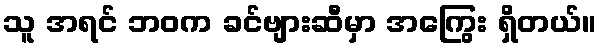
သူ အရင် ဘဝက ခင်ဗျားဆီမှာ အကြွေး ရှိတယ်။